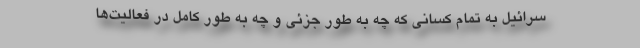
سرائیل به تمام کسانی که چه به طور جزئی و چه به طور کامل در فعالیت‌ها